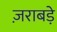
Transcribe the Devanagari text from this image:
ज़राबड़े